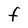
Character: F